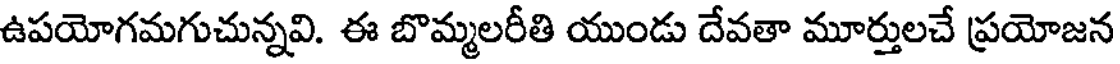
ఉపయోగమగుచున్నవి. ఈ బొమ్మలరీతి యుండు దేవతా మూర్తులచే ప్రయోజన